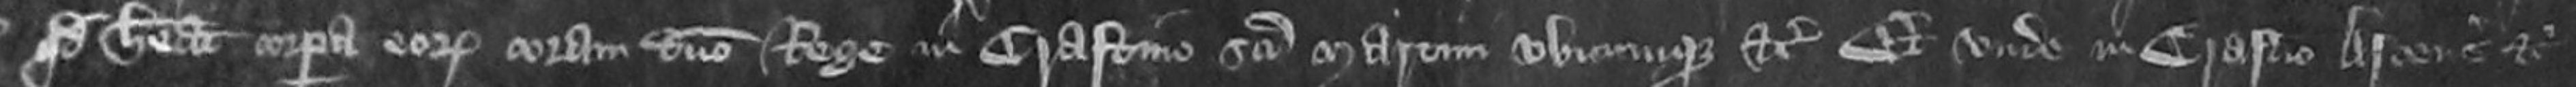
quod habeat corpora eorum coram domino rege in Crastino Sancti Marem ubicumque etc Et unde in Crastino Ascentionis etc